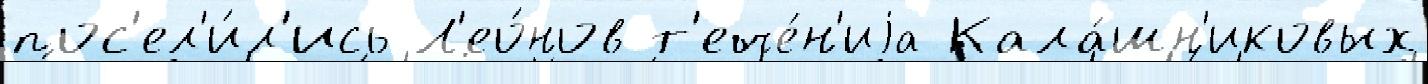
пос'ел'и́л'ись Л'ео́нов т'ече́н'иjа Кала́шн'иковых